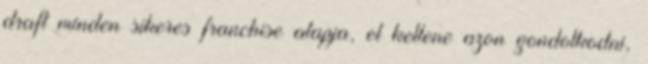
draft minden sikeres franchise alapja, el kellene azon gondolkodni,